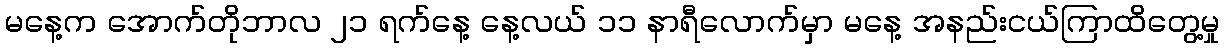
မနေ့က အောက်တိုဘာလ ၂၁ ရက်နေ့ နေ့လယ် ၁၁ နာရီလောက်မှာ မနေ့ အနည်းငယ်ကြာထိတွေ့မှု